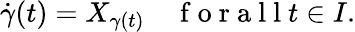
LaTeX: \begin{array}{r}{\dot{\gamma}(t)=X_{\gamma(t)}\quad\mathrm{~f~o~r~a~l~l~}t\in I.}\end{array}